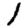
Digit: 1